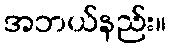
အဘယ်နည်း။